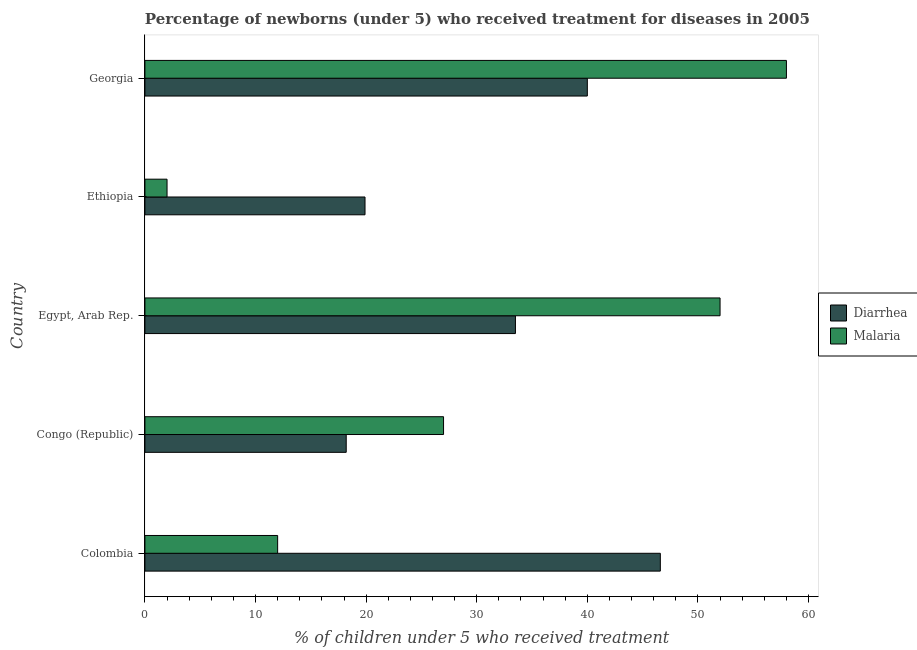
| Country | Diarrhea | Malaria |
 | --- | --- | --- |
 | Colombia | 46.6 | 12 |
 | Congo (Republic) | 18.2 | 27 |
 | Egypt, Arab Rep. | 33.5 | 52 |
 | Ethiopia | 19.9 | 2 |
 | Georgia | 40 | 58 |